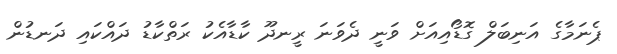
ޕެނަމާގެ އަނިބަލް ގޮޑޯއިއަށް ވަނީ ދެވަނަ ރީނދޫ ކާޑާއެކު ރަތްކާޑު ދައްކައި ދަނޑުން